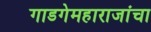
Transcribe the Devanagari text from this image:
गाडगेमहाराजांचा